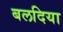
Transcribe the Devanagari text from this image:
बलदिया